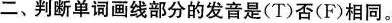
二、判断单词画线部分的发音是(T)否(F)相同.